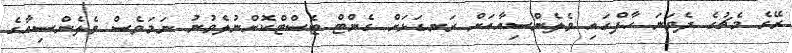
ރޭގެ މެޗުގެ ދެވަނަ ހާފްގައި ވެލެންސިއާއަށް ރަނގަޅަށް ގެންޓް ޓެސްޓްކޮށްނުލެވުނު ނަމަވެސް ވެލެންސިއާގެ